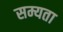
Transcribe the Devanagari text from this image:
सम्यता